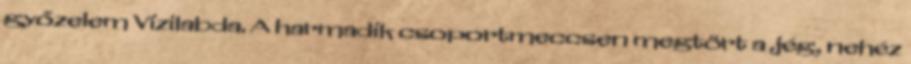
győzelem Vízilabda. A harmadik csoportmeccsen megtört a jég, nehéz